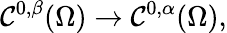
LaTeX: \mathcal{C}^{0,\beta}(\Omega)\to\mathcal{C}^{0,\alpha}(\Omega),